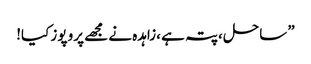
” ساحل ،پتہ ہے ،زاہدہ نے مجھے پرو پوز کیا!